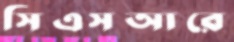
সিএসআরে